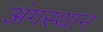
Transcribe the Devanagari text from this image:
अंगस्थान